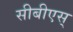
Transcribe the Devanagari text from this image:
सीबीएस्